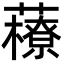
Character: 䕩